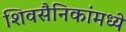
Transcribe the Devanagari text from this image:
शिवसैनिकांमध्ये